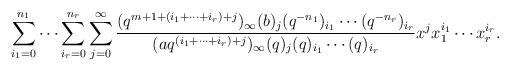
LaTeX: \begin{align*}\sum_{i_{1} = 0}^{n_{1}} \dotsm \sum_{i_{r} = 0}^{n_{r}} \sum_{j = 0}^{\infty} \frac{(q^{m + 1 + (i_{1} + \dotsm + i_{r}) + j})_{\infty} (b)_{j} (q^{-n_{1}})_{i_{1}} \dotsm (q^{-n_{r}})_{i_{r}}}{(a q^{(i_{1} + \dotsm + i_{r}) + j})_{\infty} (q)_{j} (q)_{i_{1}} \dotsm (q)_{i_{r}}} x^{j} x_{1}^{i_{1}} \dotsm x_{r}^{i_{r}}. \end{align*}